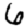
Digit: 6